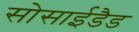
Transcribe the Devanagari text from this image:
सोसाईडैड